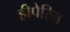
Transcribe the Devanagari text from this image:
हीपेरिन